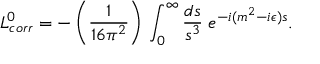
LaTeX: { \cal L } _ { c o r r } ^ { 0 } = - \left( { \frac { 1 } { 1 6 \pi ^ { 2 } } } \right) \, \int _ { 0 } ^ { \infty } { \frac { d s } { s ^ { 3 } } } \; e ^ { - i ( m ^ { 2 } - i \epsilon ) s } .